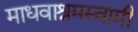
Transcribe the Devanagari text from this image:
माधवाश्रमस्वामी